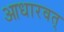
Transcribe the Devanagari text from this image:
आधारवत्